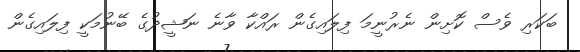
ބަކަރި ވެސް ކޮށިން ނެރުނީމަ ފިލައިގެން ރައްކާ ވާނެ ނަޝީދުގެ ބޭނުމަކީ ފިލައިގެން